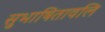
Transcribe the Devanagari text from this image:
सुभाषितावलि